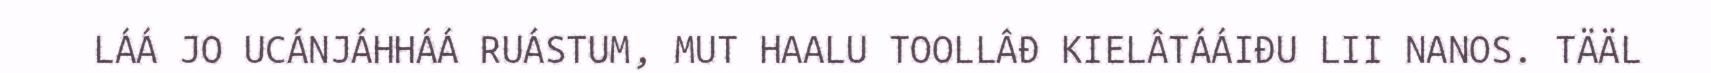
LÁÁ JO UCÁNJÁHHÁÁ RUÁSTUM, MUT HAALU TOOLLÂĐ KIELÂTÁÁIĐU LII NANOS. TÄÄL